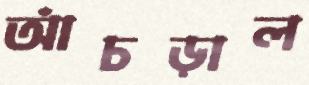
আঁচড়াল